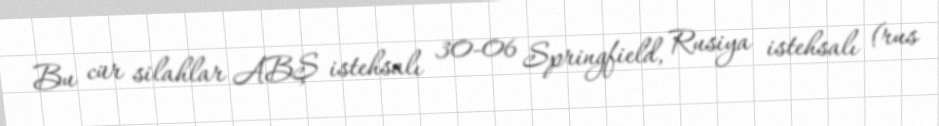
Bu cür silahlar ABŞ istehsalı 30-06 Springfield, Rusiya istehsalı (rus